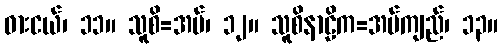
ဓားငယ်၊ ၁၁။ သူစိ=အပ်၊ ၁၂။ သူစိနာဠိက=အပ်ကျည်၊ ၁၃။